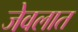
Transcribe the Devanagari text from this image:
जेवलात